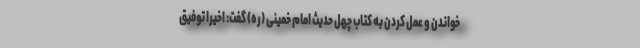
خواندن و عمل کردن به کتاب چهل حدیث امام خمینی (ره) گفت: اخیرا توفیق